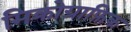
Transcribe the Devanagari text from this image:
मिक्रोग्राफ़िक